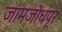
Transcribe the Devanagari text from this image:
जामजोधपूर